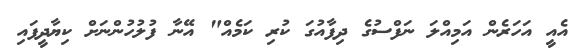
އެއީ އަހަރެން އަމިއްލަ ނަފްސުގެ ދިފާއުގަ ކުރި ކަމެއް" އޭނާ ފުލުހުންނަށް ކިޔާދީފައި